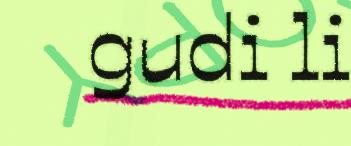
gudi li